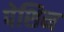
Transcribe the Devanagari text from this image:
पेशिन